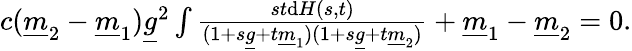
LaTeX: \begin{array}{r}{c(\underline{{m}}_{2}-\underline{{m}}_{1})\underline{{g}}^{2}\int\frac{st\mathrm{d}H(s,t)}{(1+s\underline{{g}}+t\underline{{m}}_{1})(1+s\underline{{g}}+t\underline{{m}}_{2})}+\underline{{m}}_{1}-\underline{{m}}_{2}=0.}\end{array}